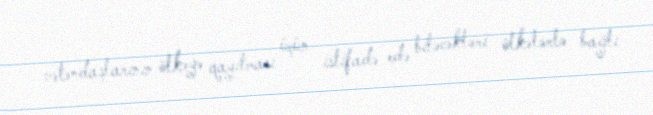
vətəndaşlarının ölkəyə qayıtması üçün istifadə edə biləcəkləri ölkələrlə bağlı